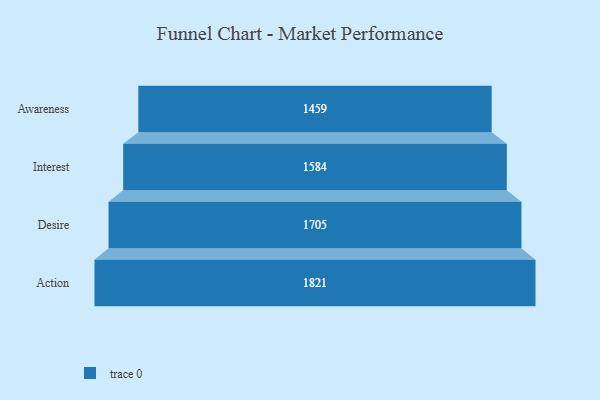
{"axis": {"x": "Stage", "y": "Value"}, "legend": [""], "data": [{"x": "Awareness", "y": 1459.0, "type": ""}, {"x": "Interest", "y": 1584.0, "type": ""}, {"x": "Desire", "y": 1705.0, "type": ""}, {"x": "Action", "y": 1821.0, "type": ""}]}